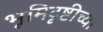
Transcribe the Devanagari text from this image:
भूमिदृष्टीच्या